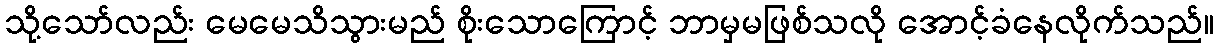
သို့သော်လည်း မေမေသိသွားမည် စိုးသောကြောင့် ဘာမှမဖြစ်သလို အောင့်ခံနေလိုက်သည်။